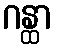
ဂန္ထာ